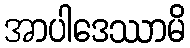
အာပါဒေဿာမိ